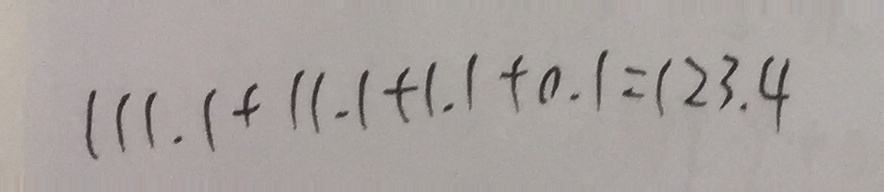
1 1 1 . 1 + 1 1 . 1 + 1 . 1 + 0 . 1 = 1 2 3 . 4